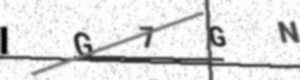
Text: IG7GN